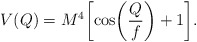
\begin{align*}V(Q) = M^4\biggl[\cos \biggl(\frac{Q}{f}\biggr ) +1\biggr].\end{align*}